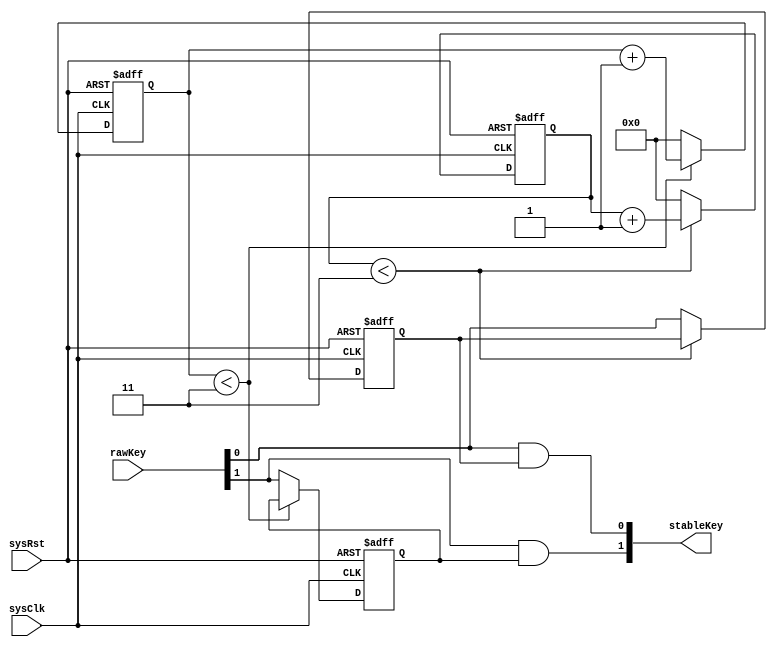
`timescale 1ns / 1ps
//`define relaxCycle relaxTimeInMs*50*1000 // under clock at 50Mhz
`define relaxCycle 3

module keyStabilizer #(
	parameter relaxTimeInMs=20)(
	input sysClk,
	input sysRst,
	input [1:0]rawKey,
	output [1:0]stableKey);
	reg [1:0]keyFlag;
	
	reg [32:0]counts[0:1];
	
	always @(posedge sysClk or negedge  sysRst)
	begin
		if(!sysRst)begin
			counts[0]<=0;
			keyFlag[0]<=0;
		end
		else begin
			if(counts[0]<`relaxCycle)
				counts[0]<=counts[0]+1;
			else begin
				keyFlag[0]<=rawKey[0];
				counts[0]<=0;
			end
		end
	end
	always @(posedge sysClk or negedge sysRst)
	begin
		if(!sysRst)begin
			counts[1]<=0;
			keyFlag[1]<=0;
		end
		else begin
			if(counts[1]<`relaxCycle)
				counts[1]<=counts[1]+1;
			else begin
				keyFlag[1]<=rawKey[1];
				counts[1]<=0;
			end
		end
	end
	assign stableKey[0]=rawKey[0] & keyFlag[0];
	assign stableKey[1]=rawKey[1] & keyFlag[1];
endmodule

module testKeyStabilizer();
	reg sysClk;
	reg sysRst;
	reg [1:0]rawKey;
	wire [1:0]stableKey;
    keyStabilizer U1(
        .sysClk(sysClk),
        .sysRst(sysRst),
        .rawKey(rawKey),
        .stableKey(stableKey));
    initial begin
        sysClk = 0;
        sysRst = 1;
    #5  sysRst =0;
	 #5  sysRst =1;
    #20  rawKey = 3;
    #1  rawKey=0;
    #1  rawKey=3;
	 #1  rawKey=0;
    #1  rawKey=3;
	 #1  rawKey=0;
    #1  rawKey=3;
    #50  rawKey  = 0;
    #50  rawKey  = 3;
    #50  rawKey  = 0;
    end
    always begin 
    #1 sysClk = ~sysClk;
    end
endmodule